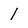
Character: 1